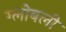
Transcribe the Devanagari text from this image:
ग्लोबली